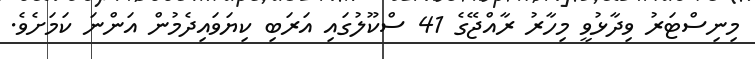
މިނިސްޓަރު ވިދާޅުވީ މިހާރު ރާއްޖޭގެ 41 ސްކޫލުގައި އަރަބި ކިޔަވައިދެމުން އަންނަ ކަމަށެވެ.